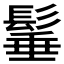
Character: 𩭦